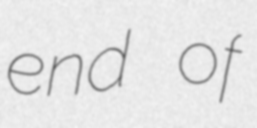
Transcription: end of